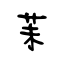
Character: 苿